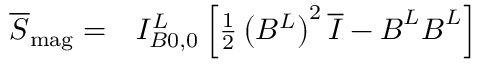
\begin{array} { r l } { \overline { { \boldsymbol { S } } } _ { \mathrm { m a g } } = } & { { } I _ { B 0 , 0 } ^ { L } \left[ \frac { 1 } { 2 } \left( B ^ { L } \right) ^ { 2 } \overline { { \boldsymbol { I } } } - \boldsymbol { B } ^ { L } \boldsymbol { B } ^ { L } \right] } \end{array}